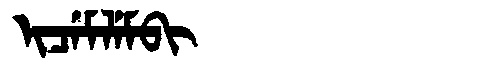
Manchu: ᡳᠴᡝᠮᠯᡝᠮᠪᡳ
Romanization: ICEMLEMBI